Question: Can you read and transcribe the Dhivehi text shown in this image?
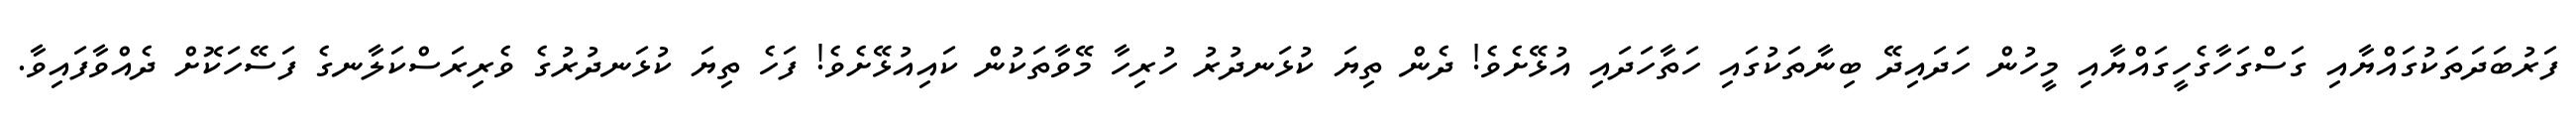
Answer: ފަރުބަދަތަކުގައްޔާއި ގަސްގަހާގެހީގައްޔާއި މީހުން ހަދައިދޭ ބިނާތަކުގައި ހަތާހަދައި އުޅޭށެވެ! ދެން ތިޔަ ކުޅަނދުރު ހުރިހާ މޭވާތަކުން ކައިއުޅޭށެވެ! ފަހެ ތިޔަ ކުޅަނދުރުގެ ވެރިރަސްކަލާނގެ ފަސޭހަކޮށް ދެއްވާފައިވާ.